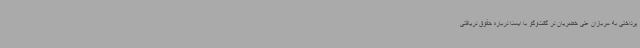
پرداختی به سربازان علی خضریان در گفت‌وگو با ایسنا درباره حقوق دریافتی